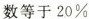
数等于20\%